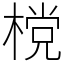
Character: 𣗋